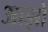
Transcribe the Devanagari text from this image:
आझो